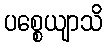
ပစ္စေယျာသိ